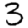
Digit: 3